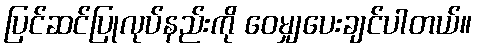
ပြင်ဆင်ပြုလုပ်နည်းကို ဝေမျှပေးချင်ပါတယ်။